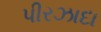
પીરઝાદા